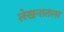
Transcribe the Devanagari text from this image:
लेखनातला